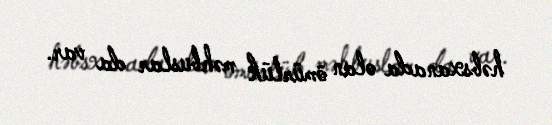
həbsxanada olan ömürlük məhbuslar da var.